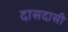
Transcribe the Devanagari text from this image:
दासदासी